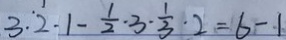
3 . 2 - 1 - \frac { 1 } { 2 } \cdot 3 \cdot \frac { 1 } { 3 } \cdot 2 = 6 - 1